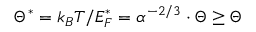
\Theta ^ { * } = k _ { B } T / E _ { F } ^ { * } = \alpha ^ { - 2 / 3 } \cdot \Theta \ge \Theta